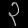
Digit: ၃